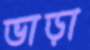
ভাড়া